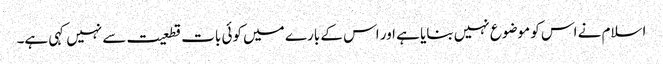
اسلام نے اس کو موضوع نہیں بنایا ہے اور اس کے بارے میں کوئی بات قطعیت سے نہیں کہی ہے۔